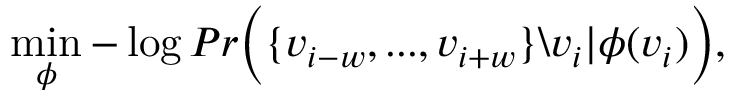
\operatorname* { m i n } _ { \phi } - \log P r \biggl ( \{ v _ { i - w } , . . . , v _ { i + w } \} \backslash v _ { i } | \phi ( v _ { i } ) \biggr ) ,